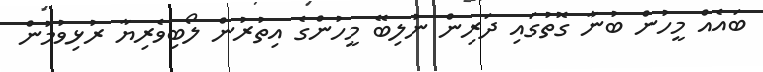
ބައެއް މީހުން ބުނާ ގޮތުގައި ދަރިން ނުލިބޭ މީހުންގެ އިތުރުން ލޯބިވެރިޔާ ރުޅިވުމުން